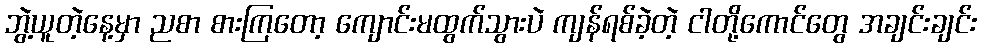
ဘွဲ့ယူတဲ့နေ့မှာ ညစာ စားကြတော့ ကျောင်းမထွက်သွားပဲ ကျန်ရစ်ခဲ့တဲ့ ငါတို့ကောင်တွေ အချင်းချင်း